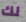
لك